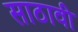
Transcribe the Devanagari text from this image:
साठावी